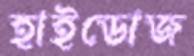
হাইডোজ